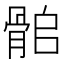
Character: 𩨽